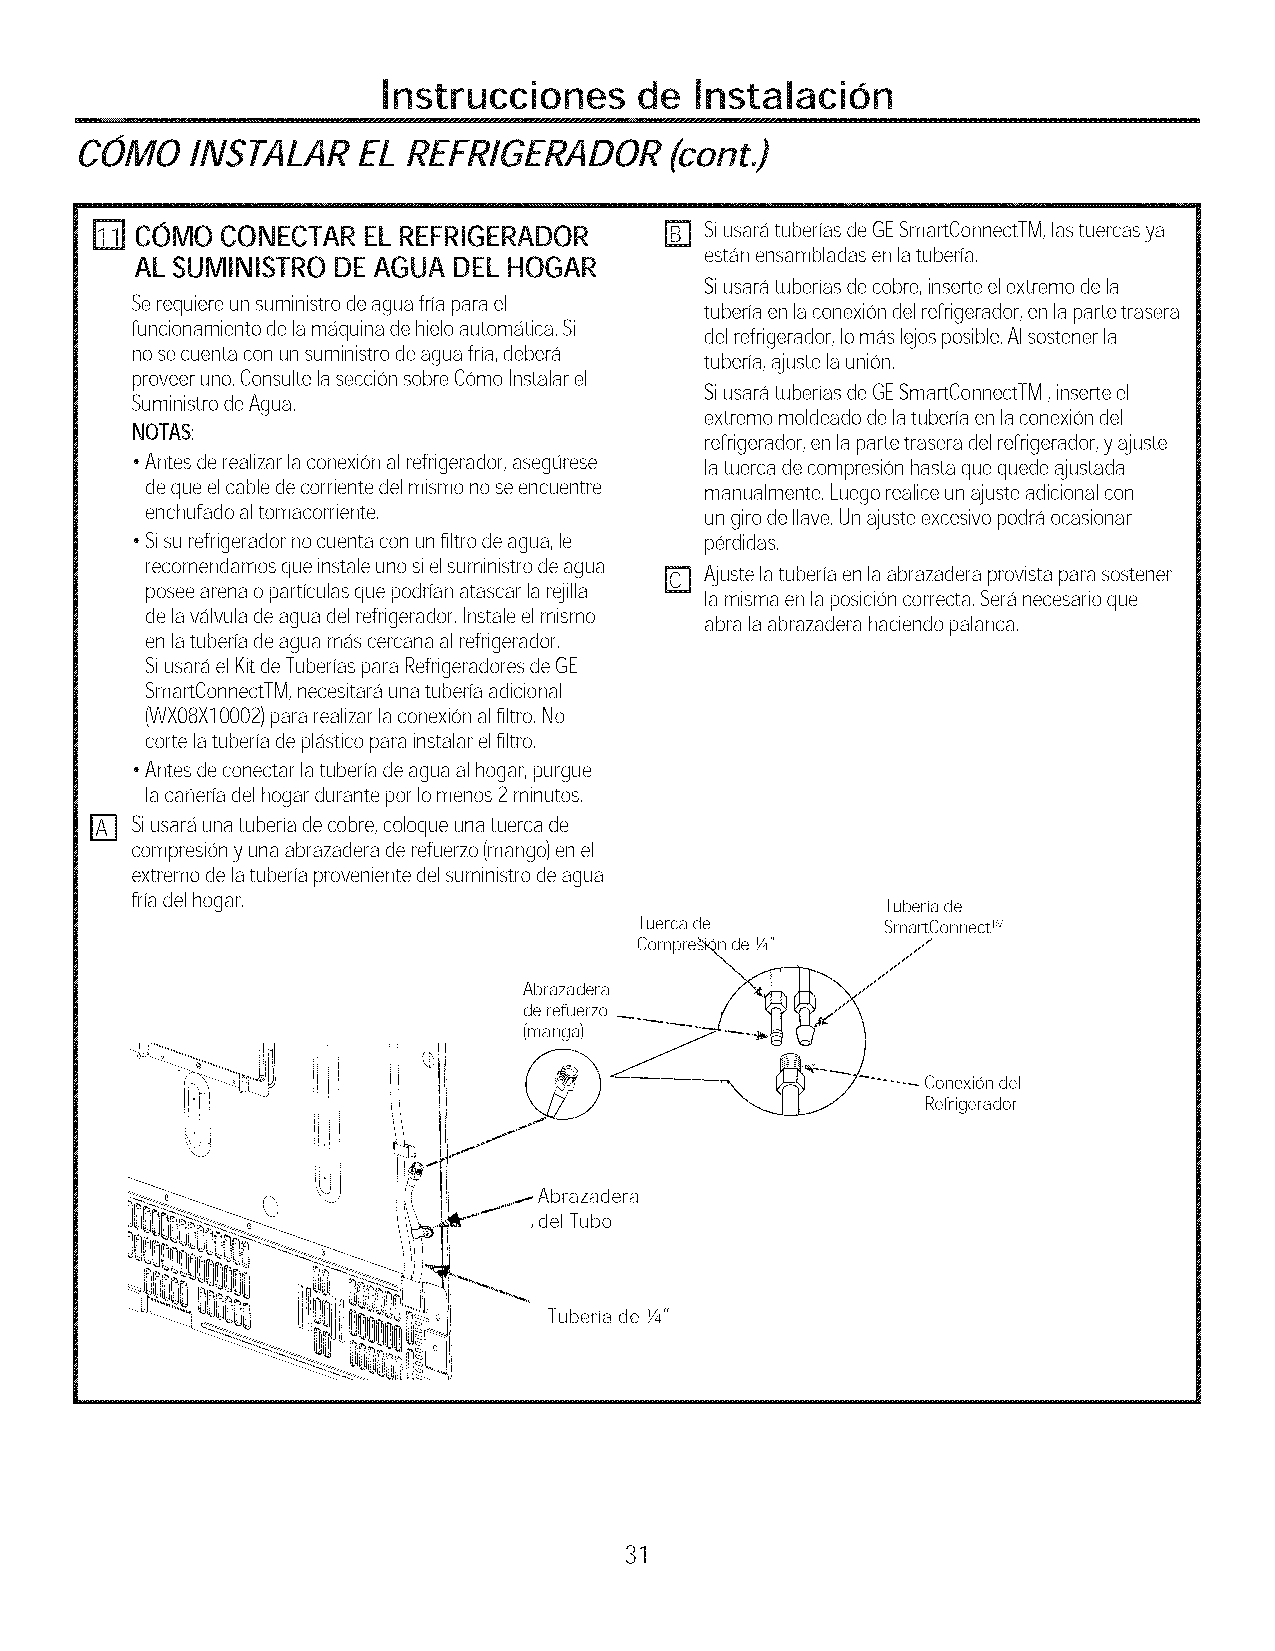
lnstrucciones    de  lnstalaciOn
 COMO    INSTALAREL    REFRIGERADOR(cont.)
 COMO  CONECTARELREFRIGERADOR       F] SiusaratuberiasdeGESmartConnectTM,lastuercasya
 estanensambladasenlatuberia,
 AL SUMINISTRODEAGUA  DELHOGAR
 Siusaratuberiasdecobre,inserteelextremedela
 Serequiereunsuministrodeaguafriaparael tuberiaenlaconexiondelrefrigerador,enlapartetrasera
 funcionamiento delamaquinadehieloautomatica, Si delrefrigerador,Iomaslejosposible,AIsostenerla
 nosecuentaconunsuministrodeaguafria,debera tuberia,ajustelaunion,
 proveeruno,ConsultelaseccionsobreComeInstalarel
 SiusaratuberiasdeGESmartConnectTM,inserteel
 SuministrodeAgua,
 extreme moldeadodelatuberia enlaconexiondel
 NOTAS:
 refrigerador,enlapartetraseradelrefrigerador,yajuste
 •Antesderealizarlaconexionalrefrigerador,asegorese latuercadecompresion basraquequedeajustada
 dequeelcabledecorrientedelmismonoseencuentre manualmente,Luegorealiceunajusteadicionalcon
 enchufadoaltomacorriente,
 ungirodeIlave,Unajusteexcesivopodraocasionar
 •Sisurefrigerador nocuentaconunfiltrodeagua,le perdidas,
 recomendamosqueinstaleunosielsuministrodeagua
 r_ Ajustelatuberia enlaabrazaderaprovistaparasostener
 poseearenaoparticulasquepodrianatascar larejilla lamismaenlaposicioncorrecta,Seranecesarioque
 delavalvuladeaguadelrefrigerador,Instaleelmismo abralaabrazadera haciendopalanca,
 enlatuberiadeaguamascercanaalrefrigerador,
 SiusaraelKitdeTuberiasparaRefrigeradoresdeGE
 SmartConnectTM,necesitaraunatuberiaadicional
 (WXOSX10002p)ararealizarlaconexionalfiltro,No
 cortelatuberiadeplasticoparainstalarelfiltro,
 •Antesdeconectarlatuberia deaguaalhogar,purgue
 lacaheriadelhogardurante perIomenos2minutes,
 D
 Siusaraunatuberia decobre,coloqueunatuercade
 compresionyunaabrazaderaderefuerzo(mango)enel
 extremedelatuberiaprovenientedelsuministrodeagua
 friadelhogar,                                    Tuberia de
 Tuerca de       SmartConnectTM
 Cornpre_       _
 Abrazadera   /_   _
 dereru_rz_o___ / I3'I3',/" \
 ....  _    _:_  _    Conexion del
 ii   ii
 _ 7__         ____L.Ij /  Reffigerador
 _     brazadera
 del Tube
 Tuberia de1/4"
 31